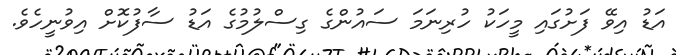
އަޑު އިވޭ ފަށުގައި މީހަކު ހުރިނަމަ ސައުންގެ ގިސްލުމުގެ އަޑު ސާފުކޮށް އިވުނީހެވެ.